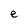
Character: e